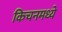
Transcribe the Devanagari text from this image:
किचनमध्ये